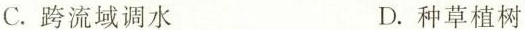
C.跨流域调水 D.种草植树